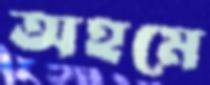
অহমে